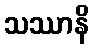
သဿာနိ